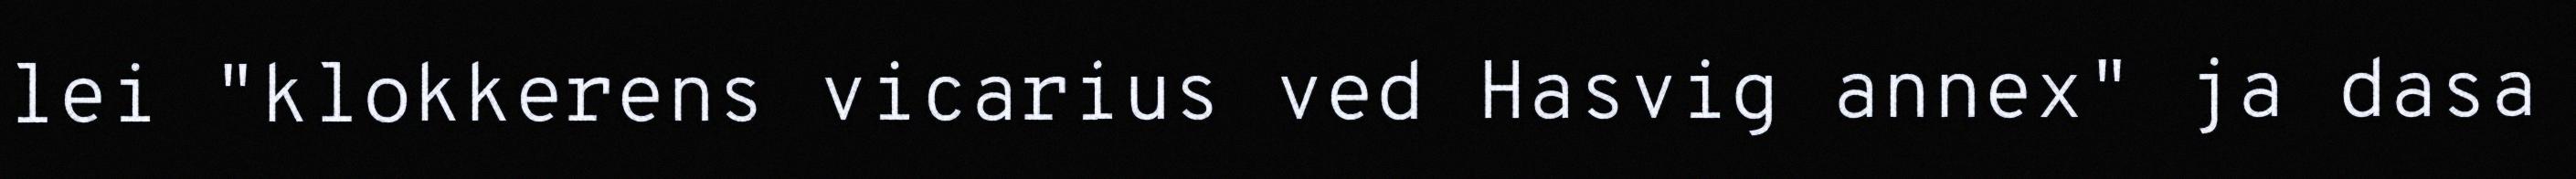
lei "klokkerens vicarius ved Hasvig annex" ja dasa